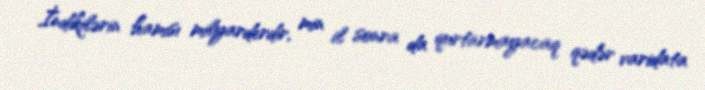
İndikilərin hamısı milyarderdir, min il sonra da qurtarmayacaq qədər varidata